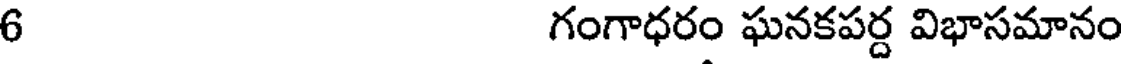
6 గంగాధరం ఘనకపర్ద విభాసమానం